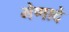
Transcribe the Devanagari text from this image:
मेणादे